Report of the veterinary officer investigating camel disease
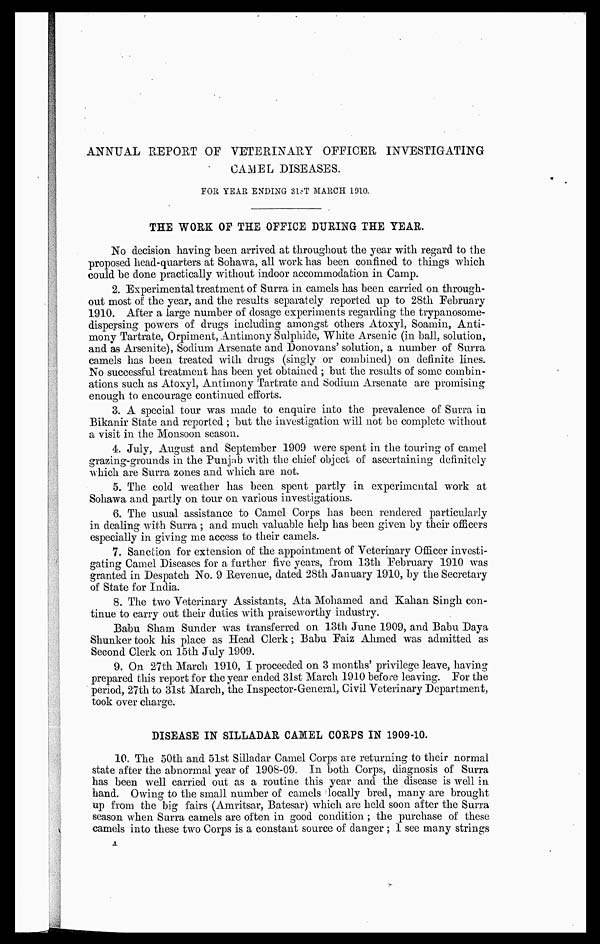
ANNUAL REPORT OF VETERINARY OFFICER INVESTIGATING
CAMEL DISEASES.
FOR YEAR ENDING 3lST MARCH 1910.
THE WORK OF THE OFFICE DURING THE YEAR.
No decision having been arrived at throughout the year with regard to the
proposed head-quarters at Sohawa, all work has been confined to things which
could he done practically without indoor accommodation in Camp.
2. Experimental treatment of Surra in camels has been carried on through-
out most of the year, and the results separately reported UP to 28th February
1910. After a large number of dosage experiments regarding the trypanosome-
dispersing powers of drugs including amongst others Atoxyl, Soamin, Anti-
mony Tartrate, Orpiment, Antimony Sulphide, White Arsenic (in ball, solution,
and as Arsenite), Sodium Arsenate and Donovans' solution, a number of Surra
camels has been treated with drags (singly or combined) on definite lines.
No successful treatment has been yet obtained ; but the results of some combin-
ations such as Atoxyl, Antimony Tartrate and Sodium Arsenate are promising
enough to encourage continued efforts.
3. A special tour was made to enquire into the prevalence of Surra in
Bikanir State and reported ; but the investigation will not be complete without
a visit in the Monsoon season.
4. July, August and September 1909 were spent in the touring of camel
grazing-grounds in the Punjab with the chief object of ascertaining definitely
which are Surra zones and which are not.
5. The cold weather has been spent partly in experimental work at
Sohawa and partly on tour on various investigations.
6. The usual assistance to Camel Corps has been rendered particularly
in dealing with Surra ; and much valuable help has been given by their officers
especially in giving me access to their camels.
7. Sanction for extension of the appointment of Veterinary Officer investi-
gating Camel Diseases for a further five years, from 13th February 1910 was
granted in Despatch No. 9 Revenue, dated 28th January 1910, by the Secretary
of State for India.
8. The two Veterinary Assistants, Ata Mohamed and Kahan Singh con-
tinue to carry out their duties with praiseworthy industry.
Babu Sham Sunder was transferred on 13th June 1909, and Babu Daya
Shunkertook his place as Head Clerk; Babu Faiz Ahmed was admitted as
Second Clerk on 15th July 1909.
9. On 27th March 1910, I proceeded on 3 months' privilege leave, having
prepared this report for the year ended 31st March 1910 before leaving. For the
period, 27th to 31st March, the Inspector-General, Civil Veterinary Department,
took over charge.
DISEASE IN SILLADAR CAMEL CORPS IN 1909-10.
10. The 50th and 51st Silladar Camel Corps are returning to their normal
state after the abnormal year of 1908-09. In both Corps, diagnosis of Surra
has been well carried out as a routine this year and the disease is well in
hand. Owing to the small number of camels locally bred, many are brought
up from the big fairs (Amritsar, Batesar) which are held soon after the Surra
season when Surra camels are often in good condition ; the purchase of these
camels into these two Corps is a constant source of danger ; 1 see many strings